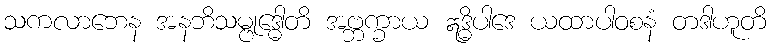
သကလာဘေန အနဘိသမ္ဗုဒ္ဓေါတိ အဗ္ဘက္ခာယ ဣဒ္ဓိပါဒေ ယထာပါဝစနံ တဒါဟူတိ